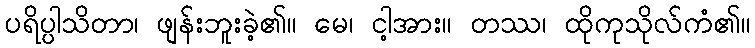
ပရိပ္ပါသိတာ၊ ဖျန်းဘူးခဲ့၏။ မေ၊ ငါ့အား။ တဿ၊ ထိုကုသိုလ်ကံ၏။